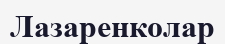
Лазаренколар